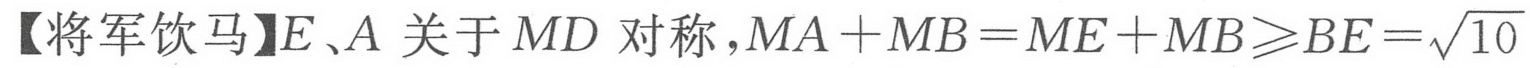
【将军饮马】\(E、A\) 关于 \(MD\) 对称，\(MA + MB = ME + MB\geqslant BE=\sqrt{10}\)